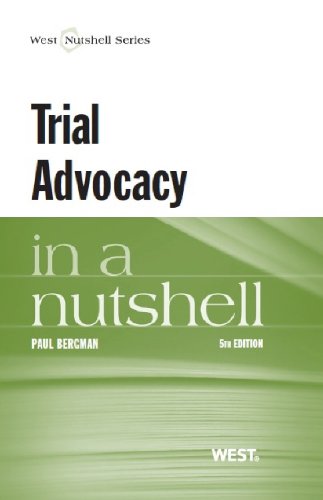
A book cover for Trial Advocacy in a Nutshell; Paul Bergman; Law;